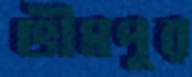
ভীমপুর